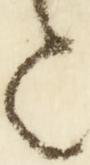
と